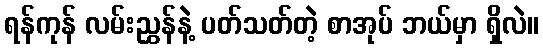
ရန်ကုန် လမ်းညွှန်နဲ့ ပတ်သတ်တဲ့ စာအုပ် ဘယ်မှာ ရှိလဲ။